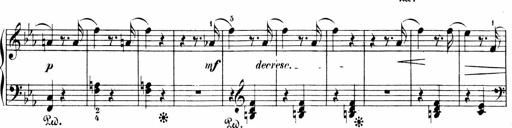
Title: 6 Sonatinas
Composer: Carl Reinecke